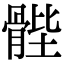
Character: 䯗